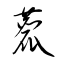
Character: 麤